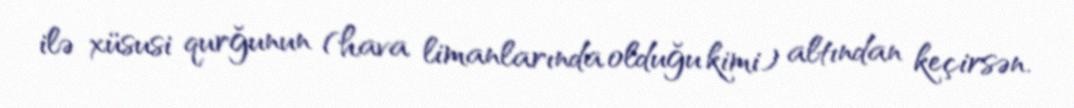
ilə xüsusi qurğunun (hava limanlarında olduğu kimi) altından keçirsən.